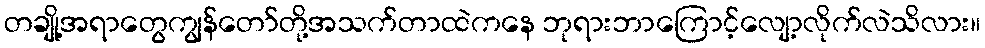
တချို့အရာတွေကျွန်တော်တို့အသက်တာထဲကနေ ဘုရားဘာကြောင့်လျော့လိုက်လဲသိလား။